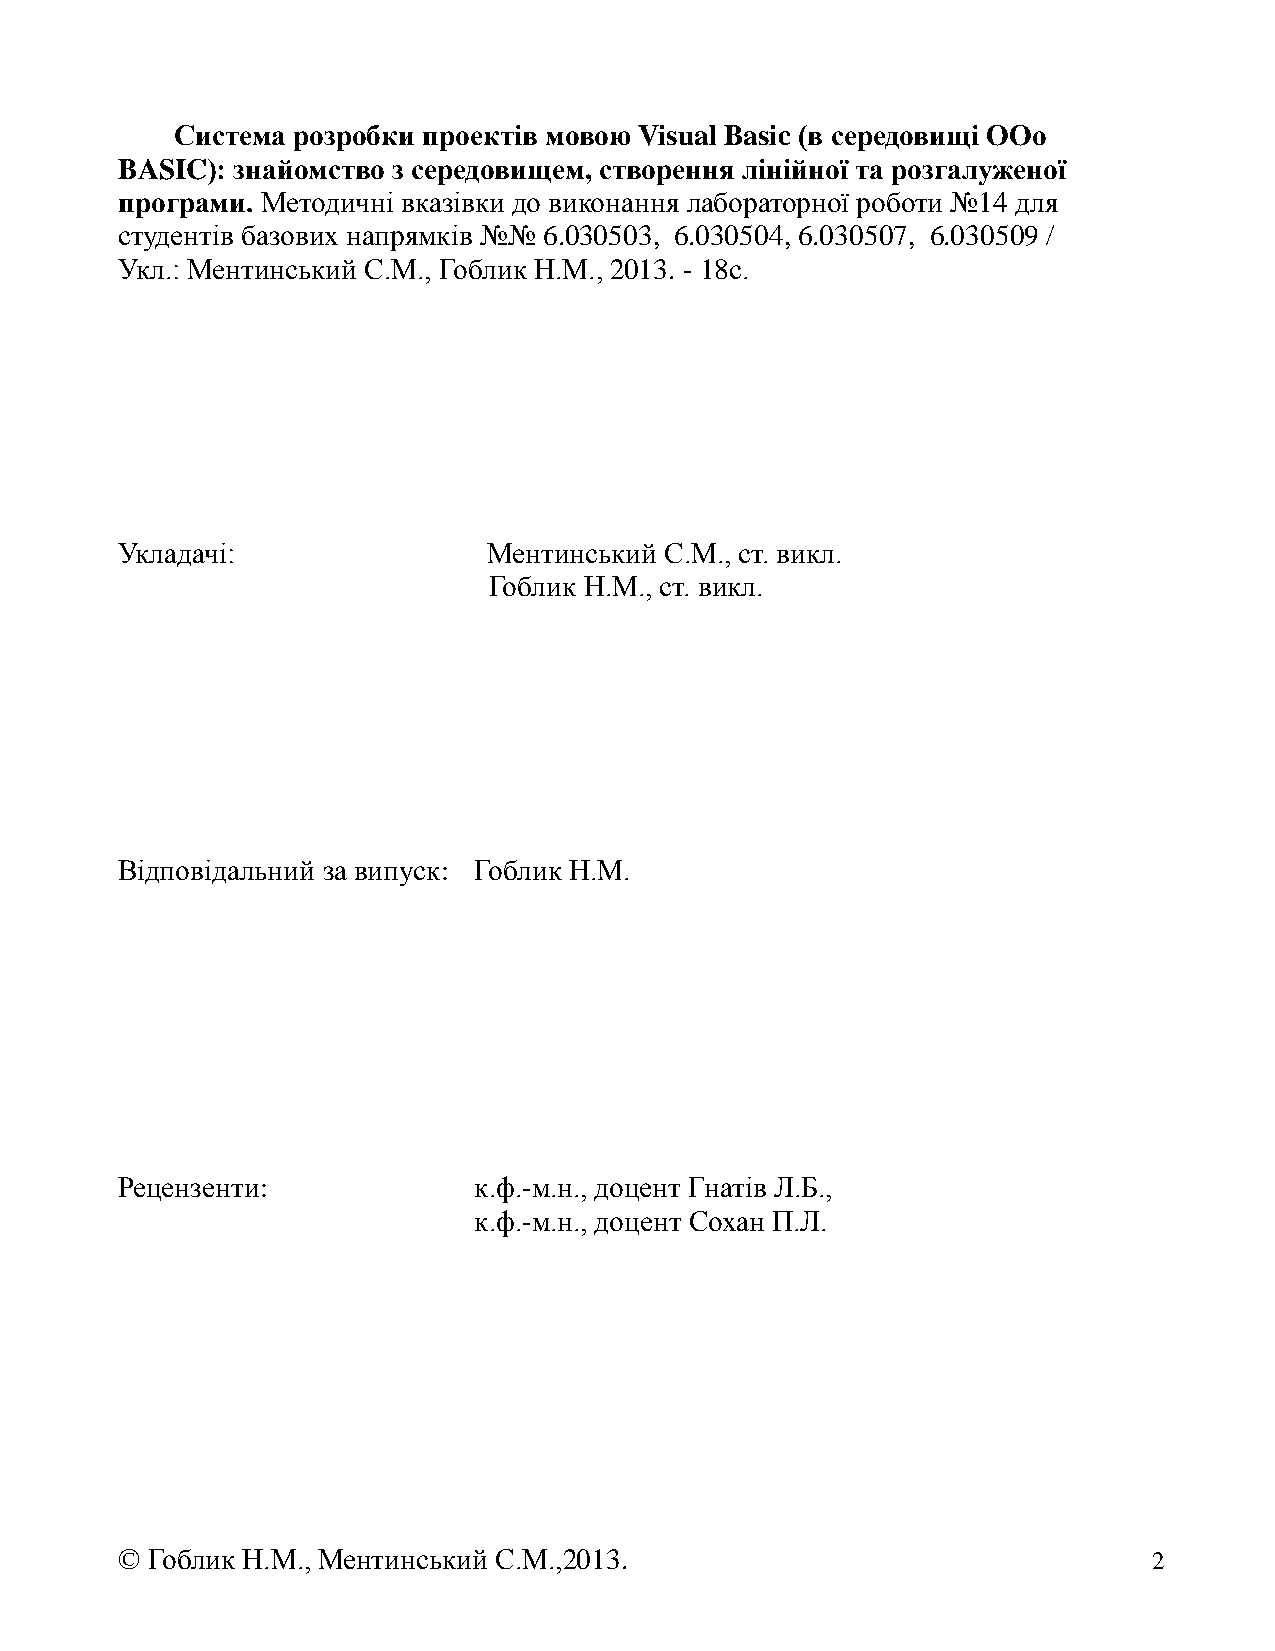
Система розробки проектів мовою Visual Basic (в середовищі OOо
 BASIC): знайомство з середовищем, створення лінійної та розгалуженої
 програми. Методичні вказівки до виконання лабораторної роботи №14 для
 студентів базових напрямків №№ 6.030503, 6.030504, 6.030507, 6.030509 /
 Укл.: Ментинський С.М., Гоблик Н.М., 2013. - 18с.
 Укладачі:               Ментинський С.М., ст. викл.
 Гоблик Н.М., ст. викл.
 Відповідальний за випуск: Гоблик Н.М.
 Рецензенти:            к.ф.-м.н., доцент Гнатів Л.Б.,
 к.ф.-м.н., доцент Сохан П.Л.
 © Гоблик Н.М., Ментинський С.М.,2013.                               2